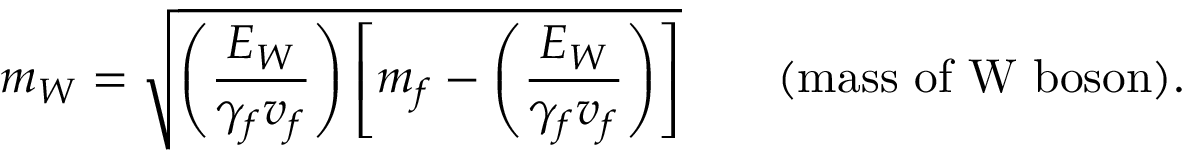
m _ { W } = \sqrt { \left( \frac { E _ { W } } { \gamma _ { f } v _ { f } } \right) \left[ m _ { f } - \left( \frac { E _ { W } } { \gamma _ { f } v _ { f } } \right) \right] } \qquad \mathrm { ( m a s s ~ o f ~ W ~ b o s o n ) . }